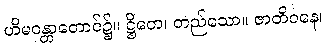
ဟိမဝန္တာတောင်၌။ ဋ္ဌိတေ၊ တည်သော။ ဇာတိဝနေ၊